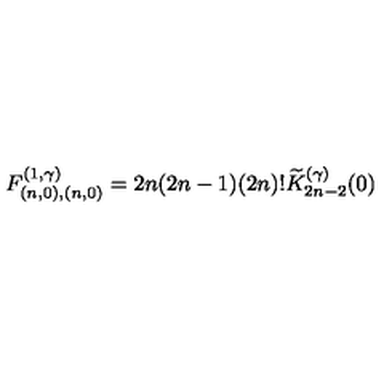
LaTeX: F _ { ( n , 0 ) , ( n , 0 ) } ^ { ( 1 , \gamma ) } = 2 n ( 2 n - 1 ) ( 2 n ) ! \widetilde { K } _ { 2 n - 2 } ^ { ( \gamma ) } ( 0 )